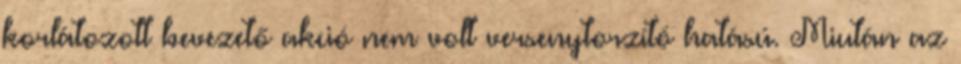
korlátozott bevezető akció nem volt versenytorzító hatású. Miután az